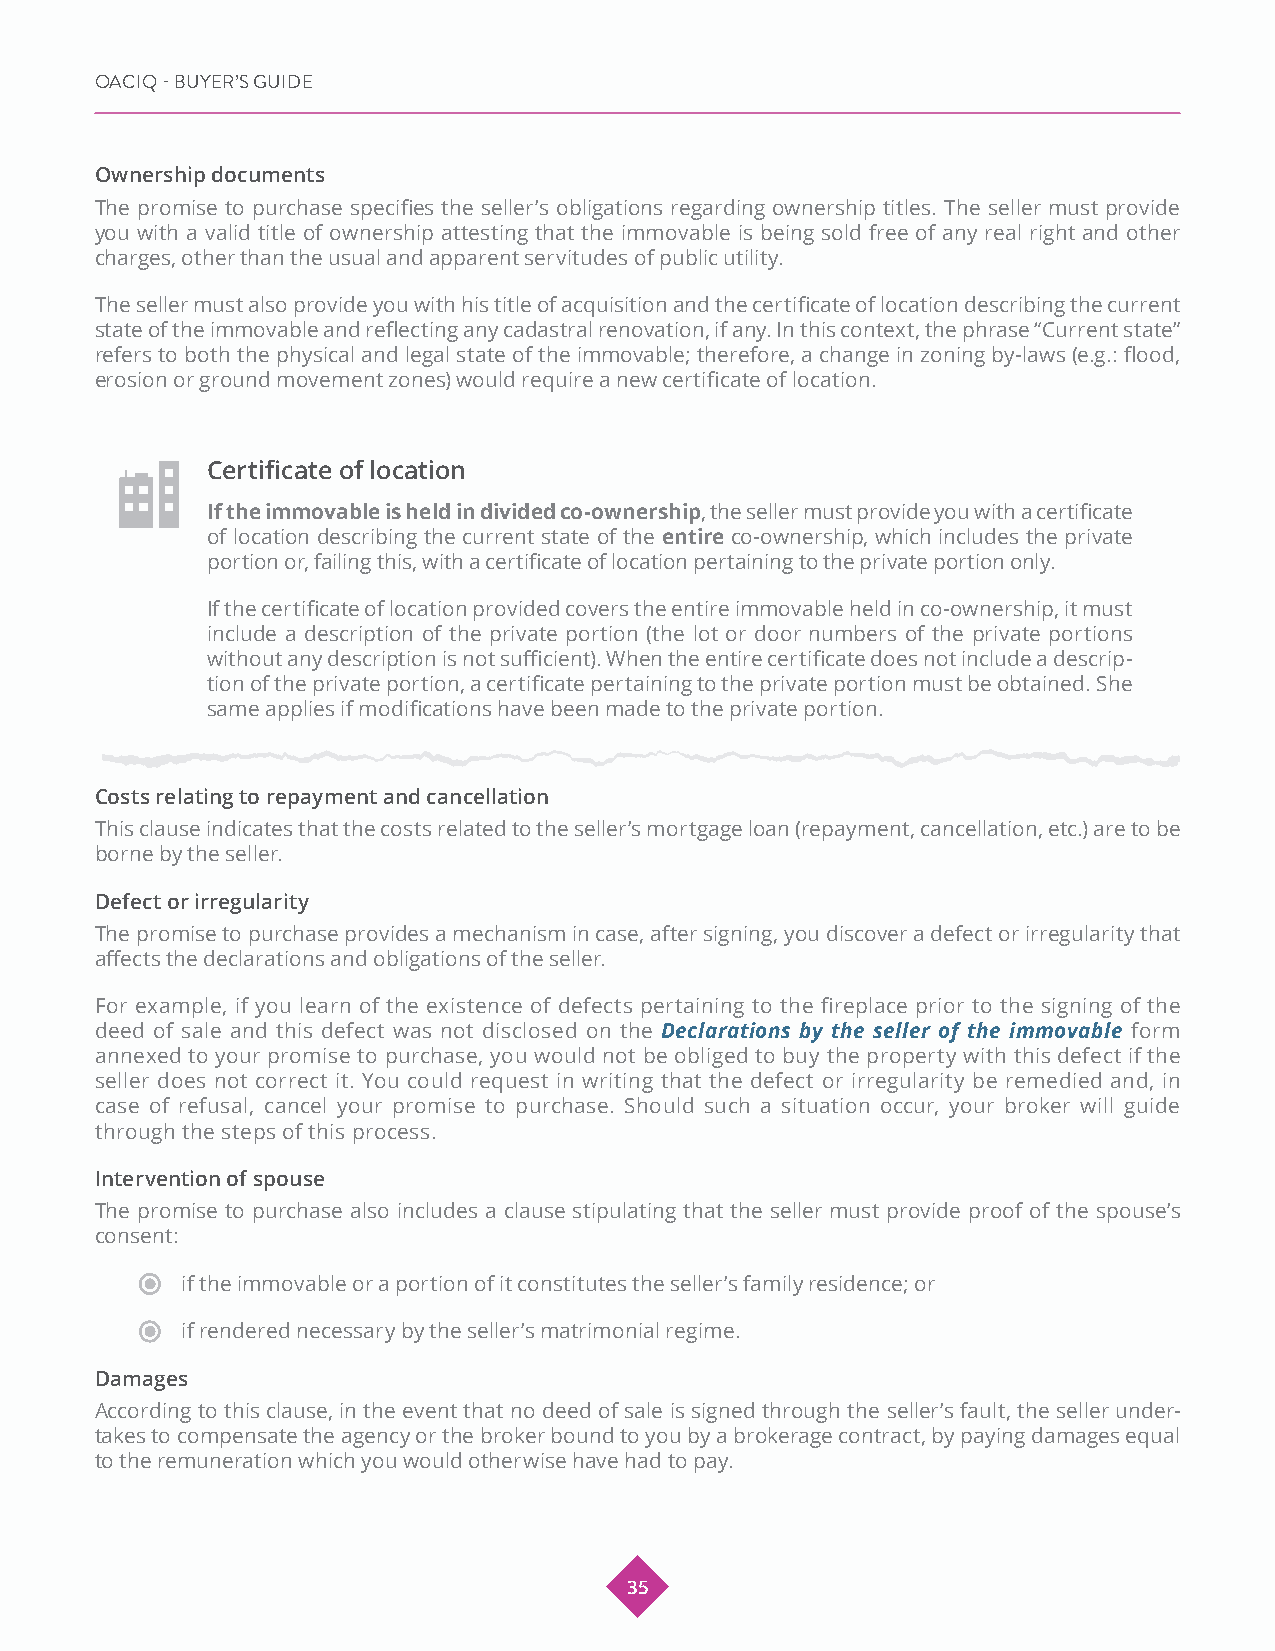
OACIQ - BUYER’S GUIDE
 Ownership documents
 The promise to purchase specifies the seller’s obligations regarding ownership titles. The seller must provide
 you with a valid title of ownership attesting that the immovable is being sold free of any real right and other
 charges, other than the usual and apparent servitudes of public utility.
 The seller must also provide you with his title of acquisition and the certificate of location describing the current
 state of the immovable and reflecting any cadastral renovation, if any. In this context, the phrase “Current state”
 refers to both the physical and legal state of the immovable; therefore, a change in zoning by-laws (e.g.: flood,
 erosion or ground movement zones) would require a new certificate of location.
 Certificate of location
 If the immovable is held in divided co-ownership, the seller must provide you with a certificate
 of location describing the current state of the entire co-ownership, which includes the private
 portion or, failing this, with a certificate of location pertaining to the private portion only.
 If the certificate of location provided covers the entire immovable held in co-ownership, it must
 include a description of the private portion (the lot or door numbers of the private portions
 without any description is not sufficient). When the entire certificate does not include a descrip-
 tion of the private portion, a certificate pertaining to the private portion must be obtained. She
 same applies if modifications have been made to the private portion.
 Costs relating to repayment and cancellation
 This clause indicates that the costs related to the seller’s mortgage loan (repayment, cancellation, etc.) are to be
 borne by the seller.
 Defect or irregularity
 The promise to purchase provides a mechanism in case, after signing, you discover a defect or irregularity that
 affects the declarations and obligations of the seller.
 For example, if you learn of the existence of defects pertaining to the fireplace prior to the signing of the
 deed of sale and this defect was not disclosed on the Declarations by the seller of the immovable form
 annexed to your promise to purchase, you would not be obliged to buy the property with this defect if the
 seller does not correct it. You could request in writing that the defect or irregularity be remedied and, in
 case of refusal, cancel your promise to purchase. Should such a situation occur, your broker will guide
 through the steps of this process.
 Intervention of spouse
 The promise to purchase also includes a clause stipulating that the seller must provide proof of the spouse’s
 consent:
 if the immovable or a portion of it constitutes the seller’s family residence; or
 if rendered necessary by the seller’s matrimonial regime.
 Damages
 According to this clause, in the event that no deed of sale is signed through the seller’s fault, the seller under-
 takes to compensate the agency or the broker bound to you by a brokerage contract, by paying damages equal
 to the remuneration which you would otherwise have had to pay.
 35